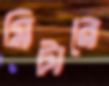
মিটারে